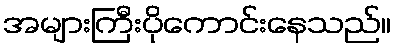
အများကြီးပိုကောင်းနေသည်။